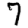
Digit: 7